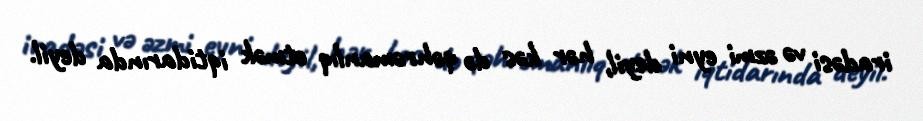
iradəsi və əzmi eyni deyil, hər kəs də qəhrəmanlıq etmək iqtidarında deyil.